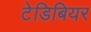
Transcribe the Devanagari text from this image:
टेडिबियर